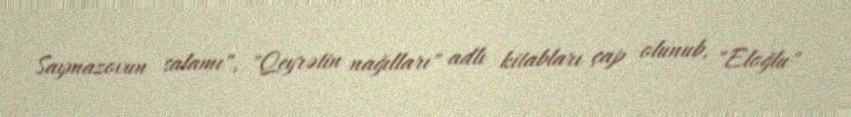
Saymazovun salamı", "Qeyrətin nağılları" adlı kitabları çap olunub, "Eloğlu"